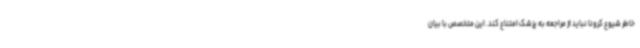
خاطر شیوع کرونا نباید از مراجعه به پزشک امتناع کند. این متخصص با بیان